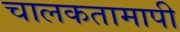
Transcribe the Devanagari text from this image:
चालकतामापी